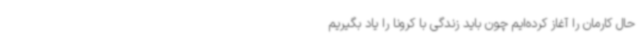
حال کارمان را آغاز کرده‌ایم چون باید زندگی با کرونا را یاد بگیریم